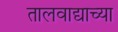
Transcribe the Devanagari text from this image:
तालवाद्याच्या